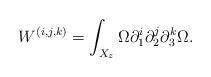
LaTeX: \begin{align*}W^{(i,j,k)} = \int_{X_z} \Omega \partial_1^i \partial_2^j \partial_3^k \Omega.\end{align*}